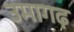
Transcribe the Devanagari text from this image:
उमागढ़